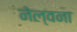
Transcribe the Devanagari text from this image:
नेल्वना